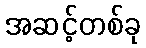
အဆင့်တစ်ခု